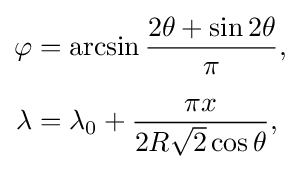
{\begin{aligned}\varphi &=\arcsin {\frac {2\theta +\sin 2\theta }{\pi }},\\[5px]\lambda &=\lambda _{0}+{\frac {\pi x}{2R{\sqrt {2}}\cos \theta }},\end{aligned}}